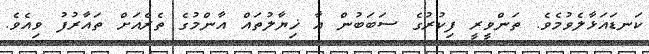
ކަނޑައަޅާލެވުމެވެ. ތަންވީރީ ފިކުރުގެ ސަބަބުން އާ ޚިޔާލުތައް އާންމުގެ ތެރެއަށް ތައާރުފު ވިއެވެ.